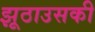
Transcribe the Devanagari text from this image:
झूठाउसकी